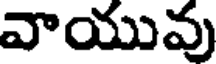
వాయువు